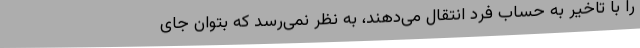
را با تاخیر به حساب فرد انتقال می‌دهند، به نظر نمی‌رسد که بتوان جای